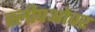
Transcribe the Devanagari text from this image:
स्लीपओवर